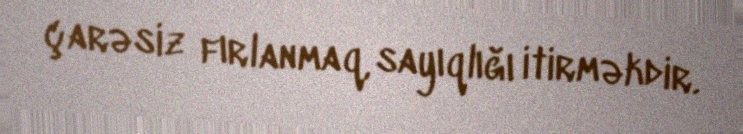
çarəsiz fırlanmaq, sayıqlığı itirməkdir.